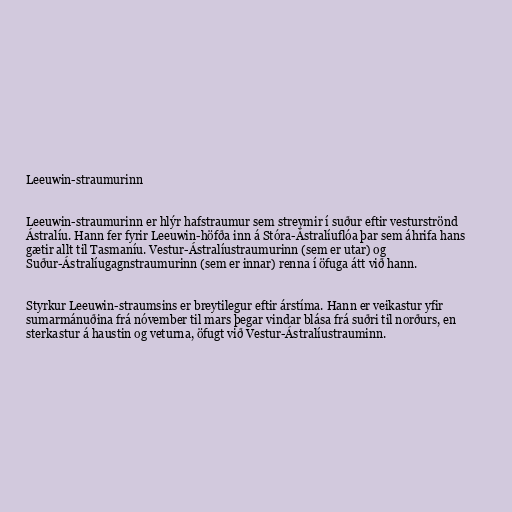
Leeuwin-straumurinn

Leeuwin-straumurinn er hlýr hafstraumur sem streymir í suður eftir vesturströnd
Ástralíu. Hann fer fyrir Leeuwin-höfða inn á Stóra-Ástralíuflóa þar sem áhrifa hans
gætir allt til Tasmaníu. Vestur-Ástralíustraumurinn (sem er utar) og
Suður-Ástralíugagnstraumurinn (sem er innar) renna í öfuga átt við hann.

Styrkur Leeuwin-straumsins er breytilegur eftir árstíma. Hann er veikastur yfir
sumarmánuðina frá nóvember til mars þegar vindar blása frá suðri til norðurs, en
sterkastur á haustin og veturna, öfugt við Vestur-Ástralíustrauminn.